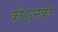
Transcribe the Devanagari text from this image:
की।उनका